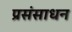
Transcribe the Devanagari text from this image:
प्रसंसाधन